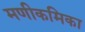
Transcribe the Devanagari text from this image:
मणीकमिका